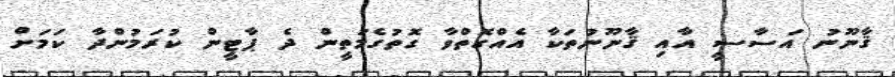
ޤާނޫނު އަސާސީ އާއި ޤާނޫނުތަކާ އެއްގޮތްވާ ގޮތުގެމަތީން ދެ ޕާޓީން ކުރަމުންދާ ކަމަށް